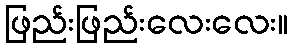
ဖြည်းဖြည်းလေးလေး။